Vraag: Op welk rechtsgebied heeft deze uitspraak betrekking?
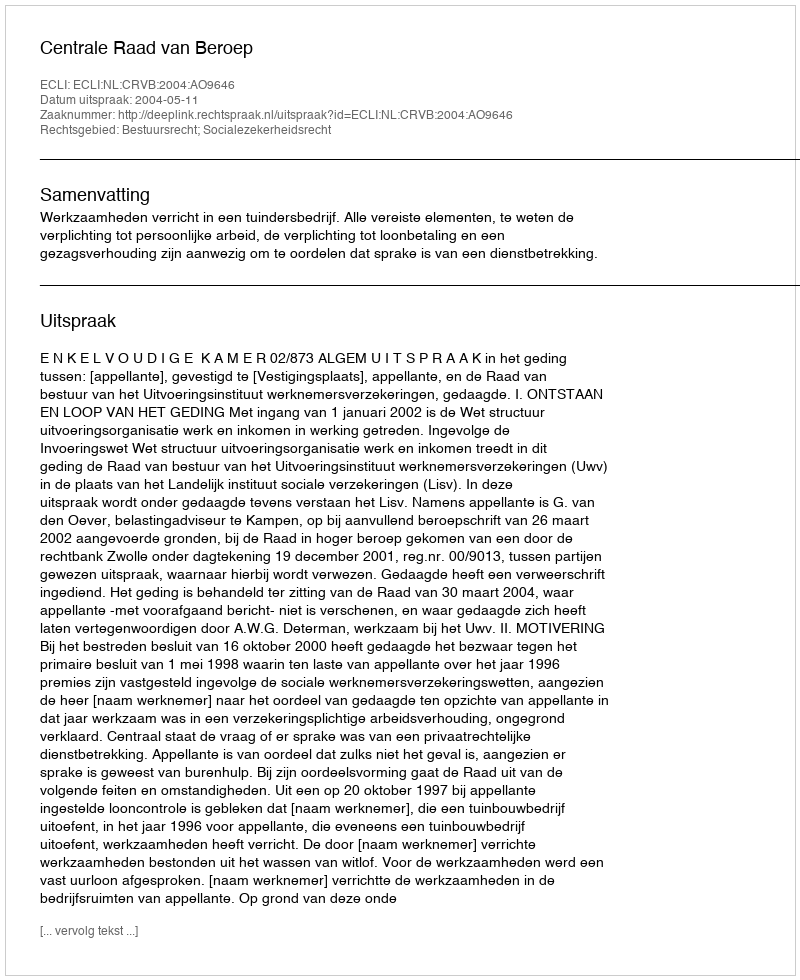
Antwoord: Bestuursrecht; Socialezekerheidsrecht